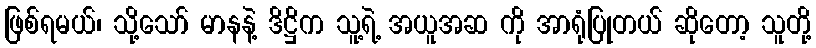
ဖြစ်ရမယ်၊ သို့သော် မာနနဲ့ ဒိဋ္ဌိက သူ့ရဲ့ အယူအဆ ကို အာရုံပြုတယ် ဆိုတော့ သူတို့